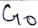
Text: G0